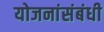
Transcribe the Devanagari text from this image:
योजनांसंबंधी